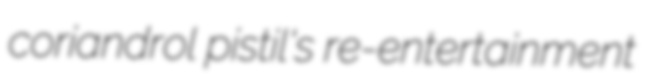
coriandrol pistil's re-entertainment